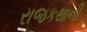
રાજકથાની